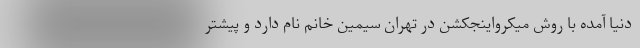
دنیا آمده با روش میکرواینجکشن در تهران سیمین خانم نام دارد و پیشتر